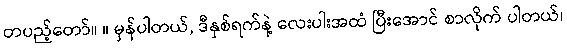
တပည့်တော်။ ။ မှန်ပါတယ်, ဒီနှစ်ရက်နဲ့ လေးပါးအထံ ပြီးအောင် စာလိုက် ပါတယ်၊